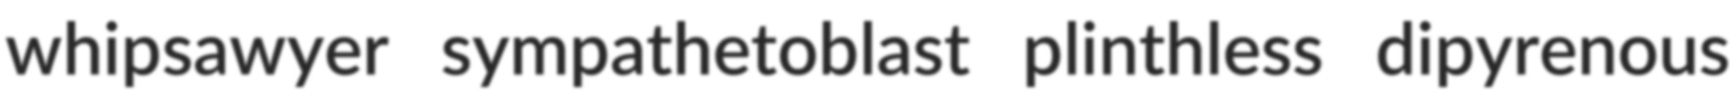
whipsawyer sympathetoblast plinthless dipyrenous